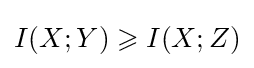
I(X;Y)\geqslant I(X;Z)